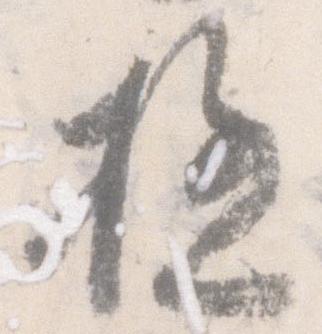
極